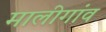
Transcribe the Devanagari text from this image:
मालीगांव